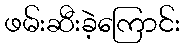
ဖမ်းဆီးခဲ့ကြောင်း